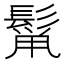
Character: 𮫋